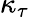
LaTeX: \kappa_{\tau}